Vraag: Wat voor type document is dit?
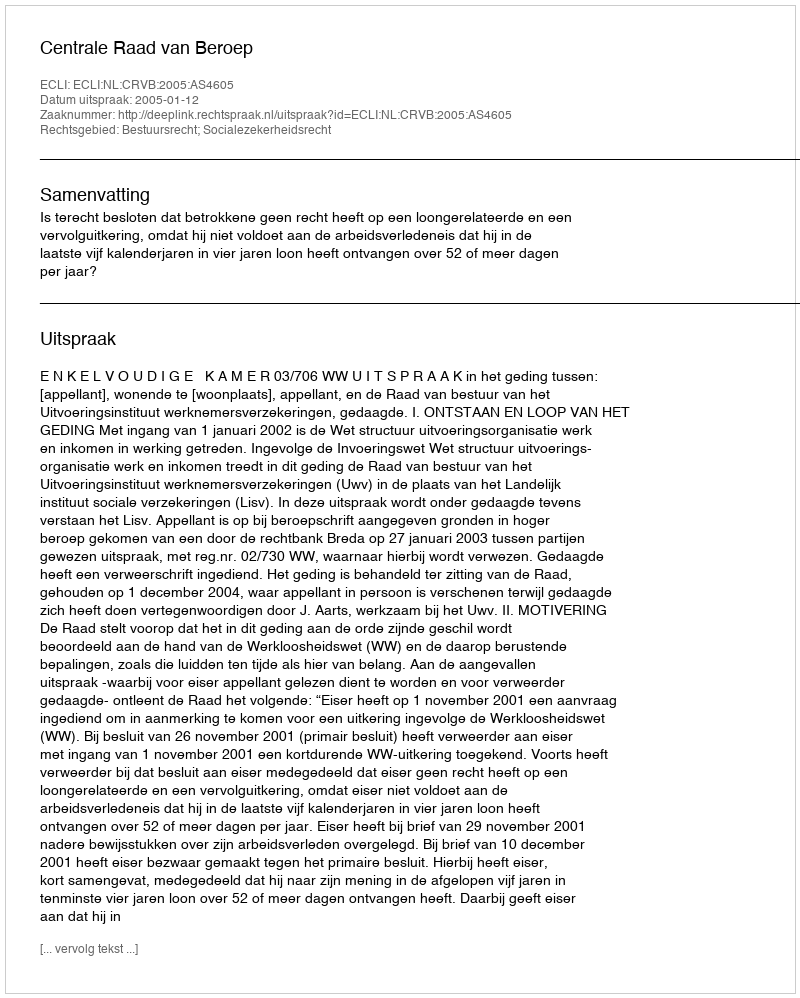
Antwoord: Uitspraak